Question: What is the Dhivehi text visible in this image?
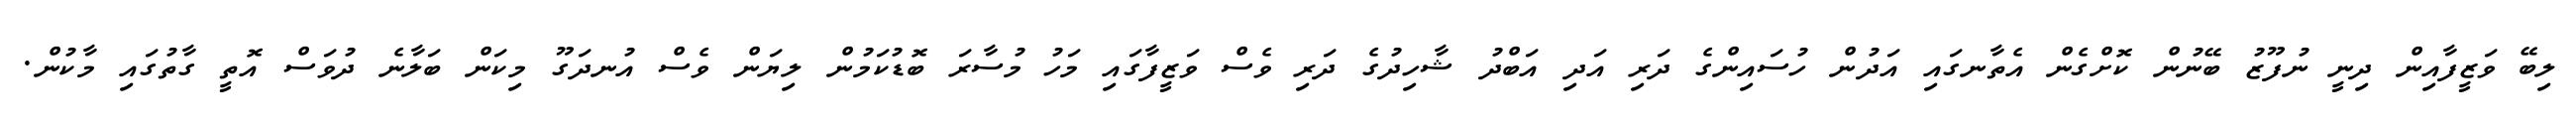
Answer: ލިބޭ ވަޒީފާއިން ދިނީ ނުފޫޒު ބޭނުން ކޮށްގެން އެތާނގައި އަދުން ހުސައިންގެ ދަރި އަދި އަބްދު ޝާހިދުގެ ދަރި ވެސް ވަޒީފާގައި މަހު މުސާރަ ބޮޑުކަމުން ލިޔަން ވެސް އުނދަގޫ މިކަން ބަލާނެ ދުވަސް އޮތީ ގާތުގައި މާކުން.